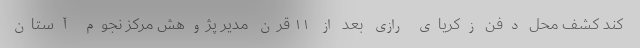
کند کشف محل دفن زکریای رازی بعد از ۱۱ قرن مدیر پژوهش مرکز نجوم آستان